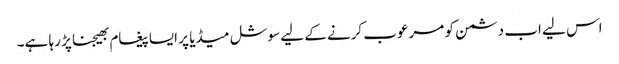
اس لیے اب دشمن کو مرعوب کرنے کے لیے سوشل میڈیا پر ایسا پیغام بھیجنا پڑ رہا ہے۔